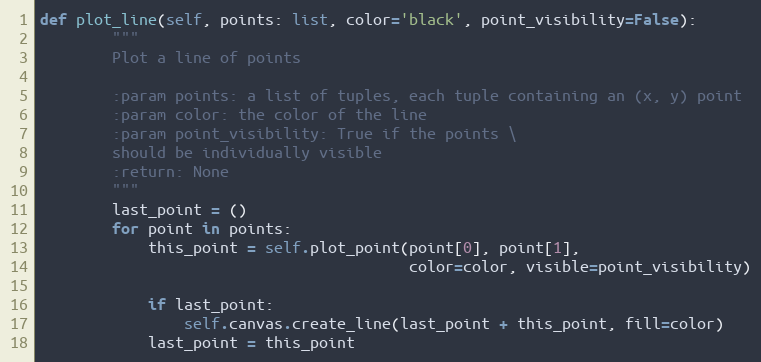
Language: Python
def plot_line(self, points: list, color='black', point_visibility=False):
        """
        Plot a line of points

        :param points: a list of tuples, each tuple containing an (x, y) point
        :param color: the color of the line
        :param point_visibility: True if the points \
        should be individually visible
        :return: None
        """
        last_point = ()
        for point in points:
            this_point = self.plot_point(point[0], point[1],
                                         color=color, visible=point_visibility)

            if last_point:
                self.canvas.create_line(last_point + this_point, fill=color)
            last_point = this_point